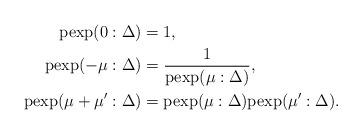
LaTeX: \begin{align*}\mathrm{pexp}(0:\Delta)&=1,\\\mathrm{pexp}(-\mu:\Delta)&=\frac1{\mathrm{pexp}(\mu:\Delta)},\\\mathrm{pexp}(\mu+\mu':\Delta)&=\mathrm{pexp}(\mu:\Delta)\mathrm{pexp}(\mu':\Delta).\end{align*}